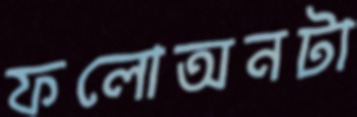
ফলোঅনটা